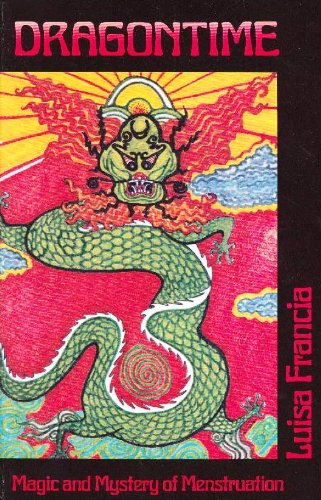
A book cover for Dragontime Magic and Mystery of Menstruation; Luisa Francia; Health, Fitness & Dieting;